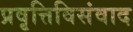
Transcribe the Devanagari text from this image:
प्रवृत्तिविसंवाद